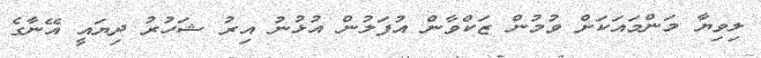
ލިވިޔާ މަންމައަކަށް ވުމުން ޒަކްވާން އުފަލުން އުޅުނު އިރު ޝަހުރު ދިޔައީ އޭނާގެ